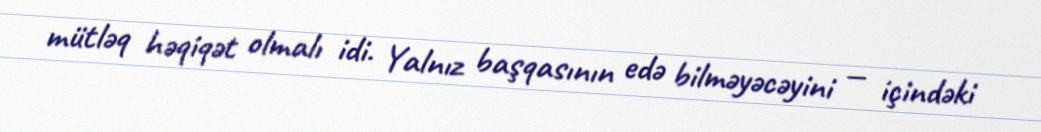
mütləq həqiqət olmalı idi. Yalnız başqasının edə bilməyəcəyini — içindəki